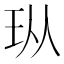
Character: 𪻐